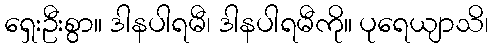
ရှေးဦးစွာ။ ဒါနပါရမီ၊ ဒါနပါရမီကို။ ပုရေယျာသိ၊